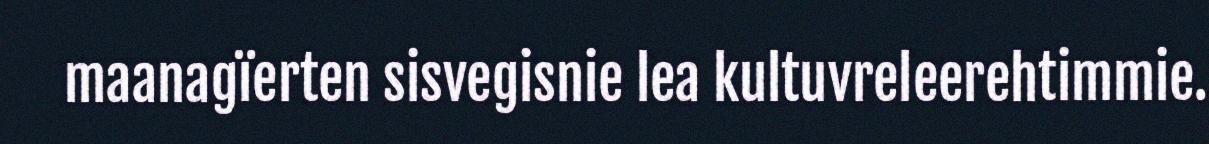
maanagïerten sisvegisnie lea kultuvreleerehtimmie.